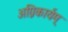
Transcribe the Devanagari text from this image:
अग्निकार्यम्